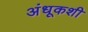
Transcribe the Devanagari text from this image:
अंधूकशी